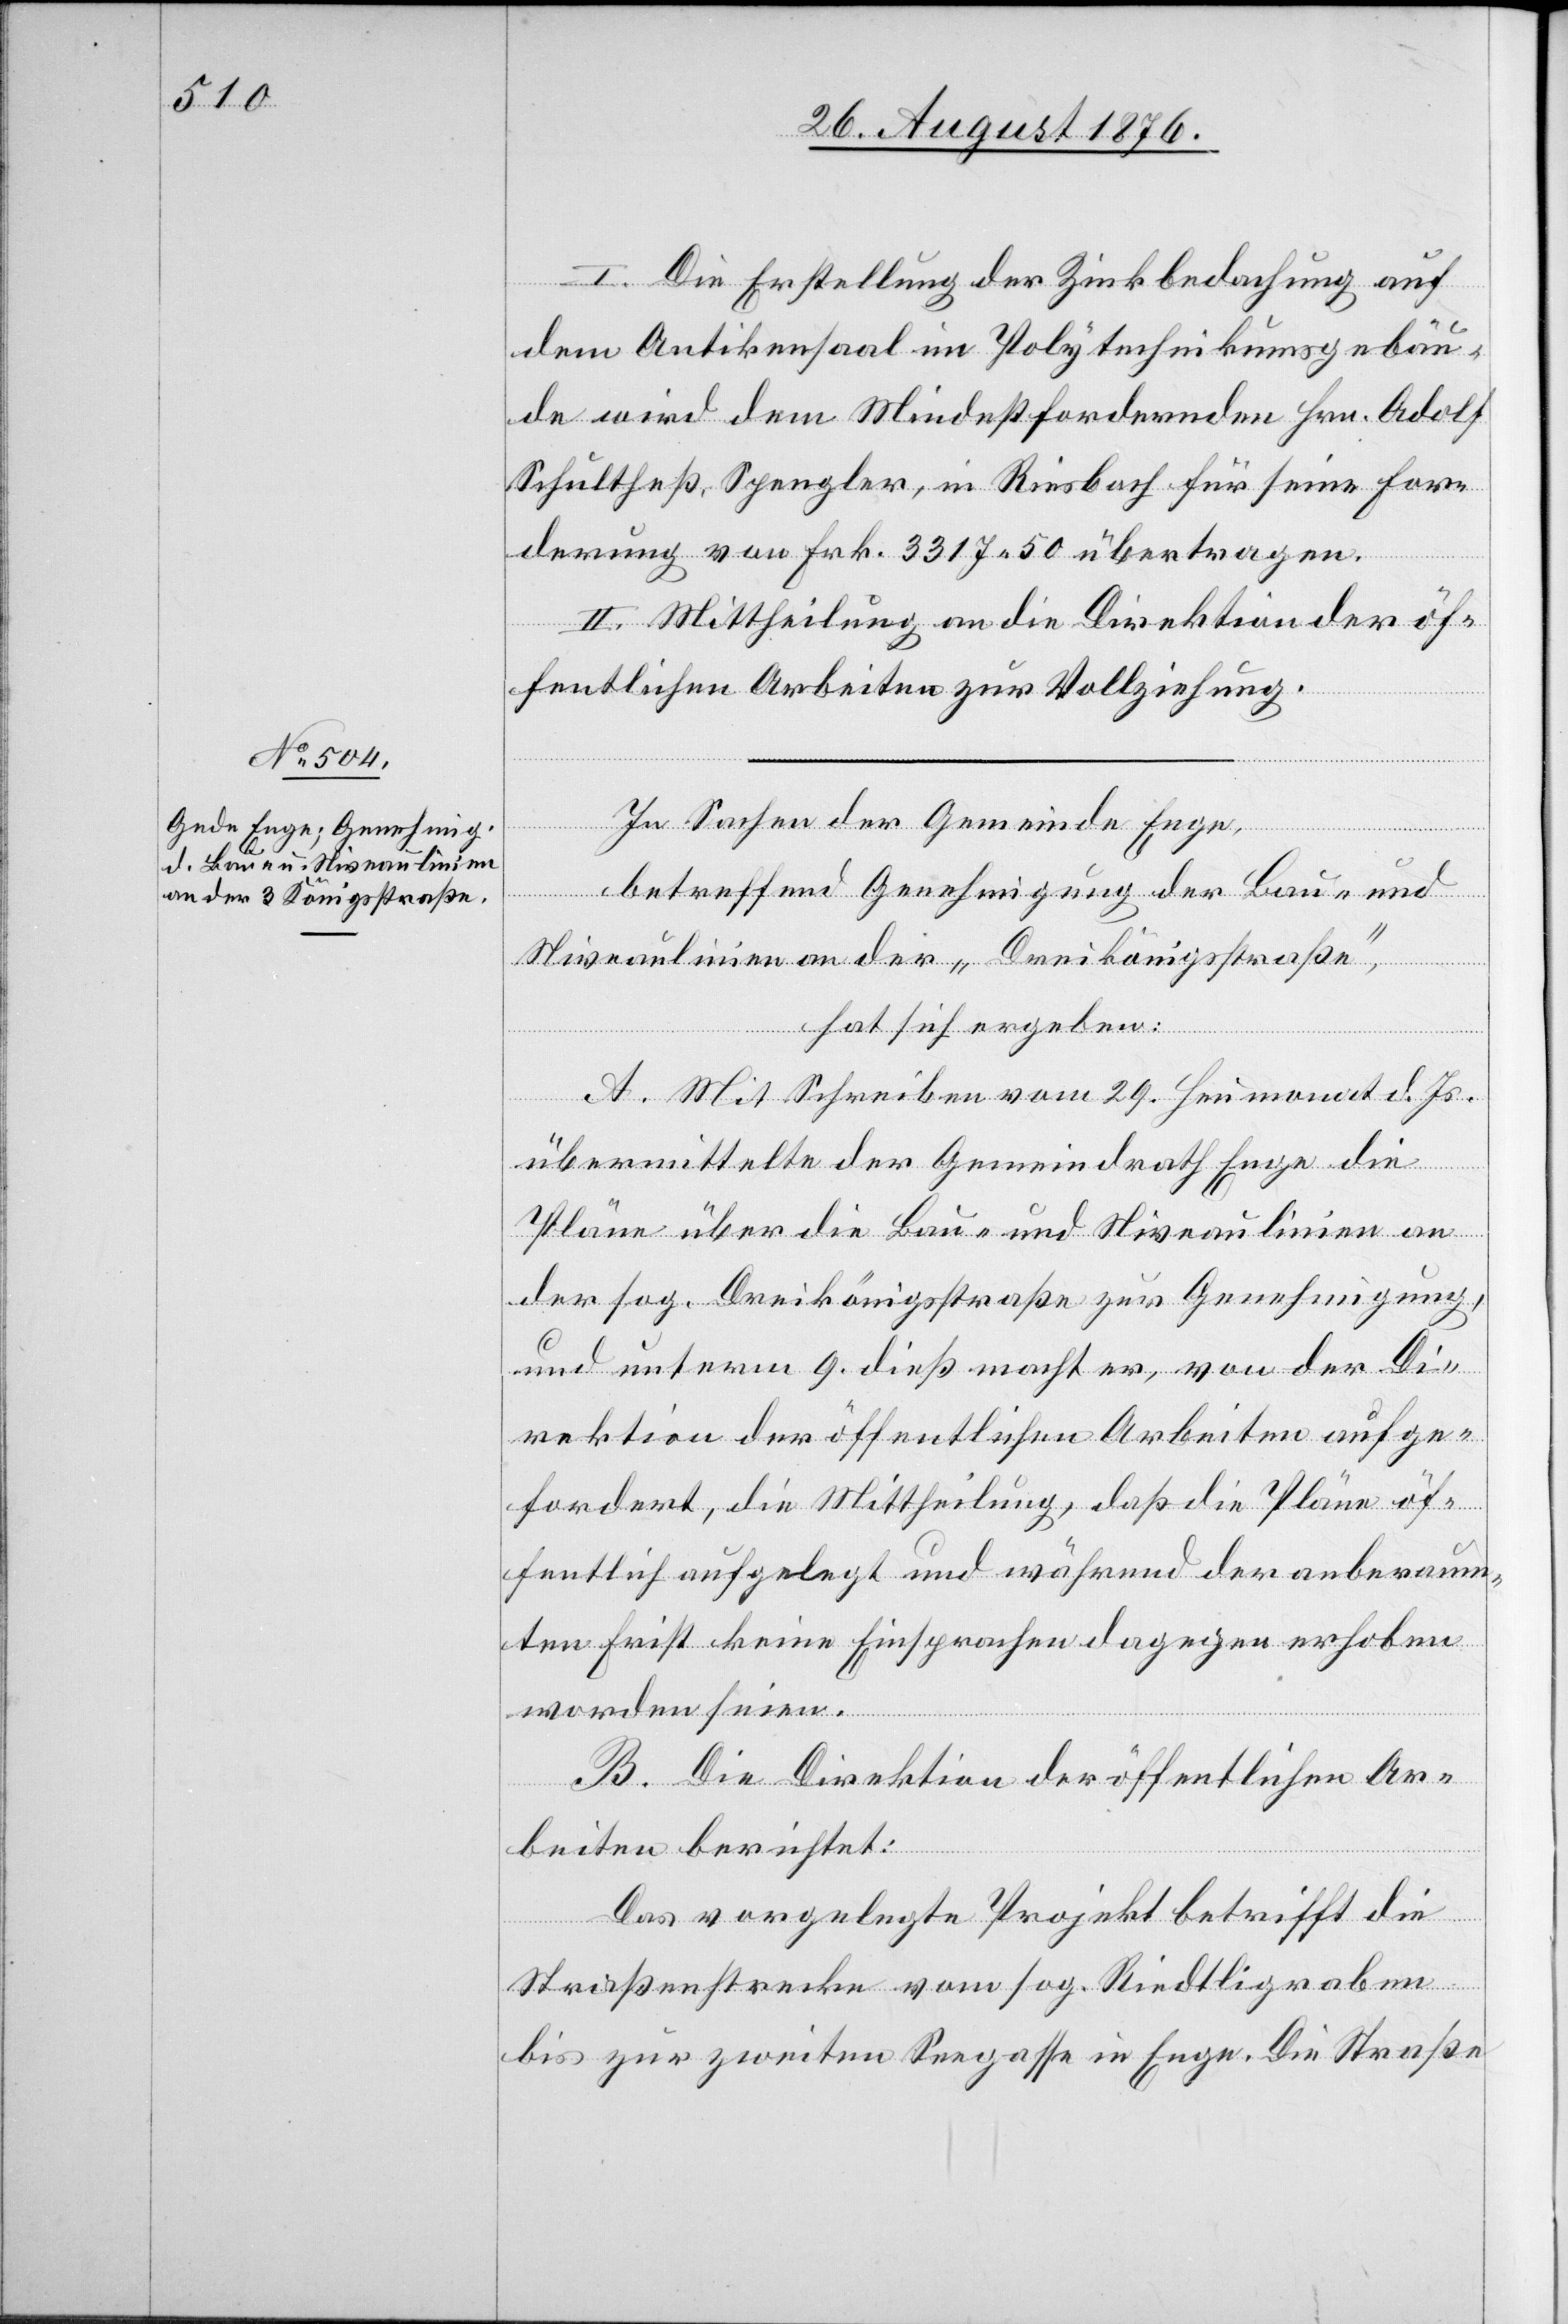
I. Die Erstellung der Zinkbedachung auf
dem Antikensaal im Polytechnikumsgebäu¬
de wird dem Mindestfordernden Hrn. Adolf
Schultheß, Spengler, in Riesbach für seine For¬
derung von Frk. 3317 50 übertragen.
II. Mittheilung an die Direktion der öf¬
fentlichen Arbeiten zur Vollziehung.
In Sachen der Gemeinde Enge,
betreffend Genehmigung der Bau- und
Niveaulinien an der „Dreikönigsstraße“,
hat sich ergeben:
A. Mit Schrieben vom 29. Heumonat d. Js.
übermittelte der Gemeindrath Enge die
Pläne über die Bau- und Niveaulinien an
der sog. Dreikönigsstraße zur Genehmigung,
und unterm 9. dieß macht er, on der Di¬
rektion der öffentlichen Arbeiten aufge¬
fordert, die Mittheilung, daß die Pläne öf¬
fentlich aufgelegt und während der anberaum¬
ten Frist keine Einsprachen dagegen erhoben
worden seien.
B. Die Direktion der öffentlichen Ar¬
beiten berichtet:
Das vorgelegte Projekt betrifft die
Straßenstrecke vom sog. Riedtligraben
bis zur zweiten Seegasse in Enge. Die Straße